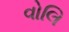
વોલિ